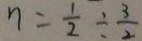
n = \frac { 1 } { 2 } \div \frac { 3 } { 2 }